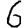
Digit: 6